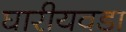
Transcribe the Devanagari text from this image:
घारीयवडा